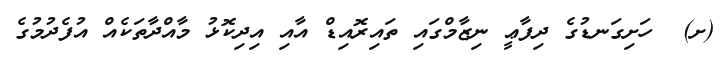
(ށ)  ހަށިގަނޑުގެ ދިފާޢީ ނިޒާމްގައި ތައިރޮއިޑް އާއި އިދިކޮޅު މާއްދާތަކެއް އުފެދުމުގެ